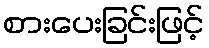
စားပေးခြင်းဖြင့်